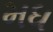
મધ